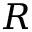
R